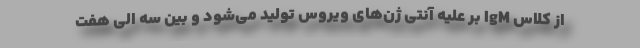
از کلاس IgM بر علیه آنتی ژن‌های ویروس تولید می‌شود و بین سه الی هفت